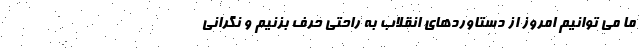
ما می توانیم امروز از دستاوردهای انقلاب به راحتی حرف بزنیم و نگرانی